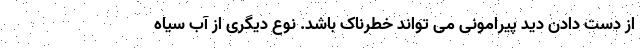
از دست دادن دید پیرامونی می تواند خطرناک باشد. نوع دیگری از آب سیاه